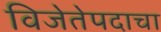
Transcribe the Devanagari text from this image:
विजेतेपदाचा